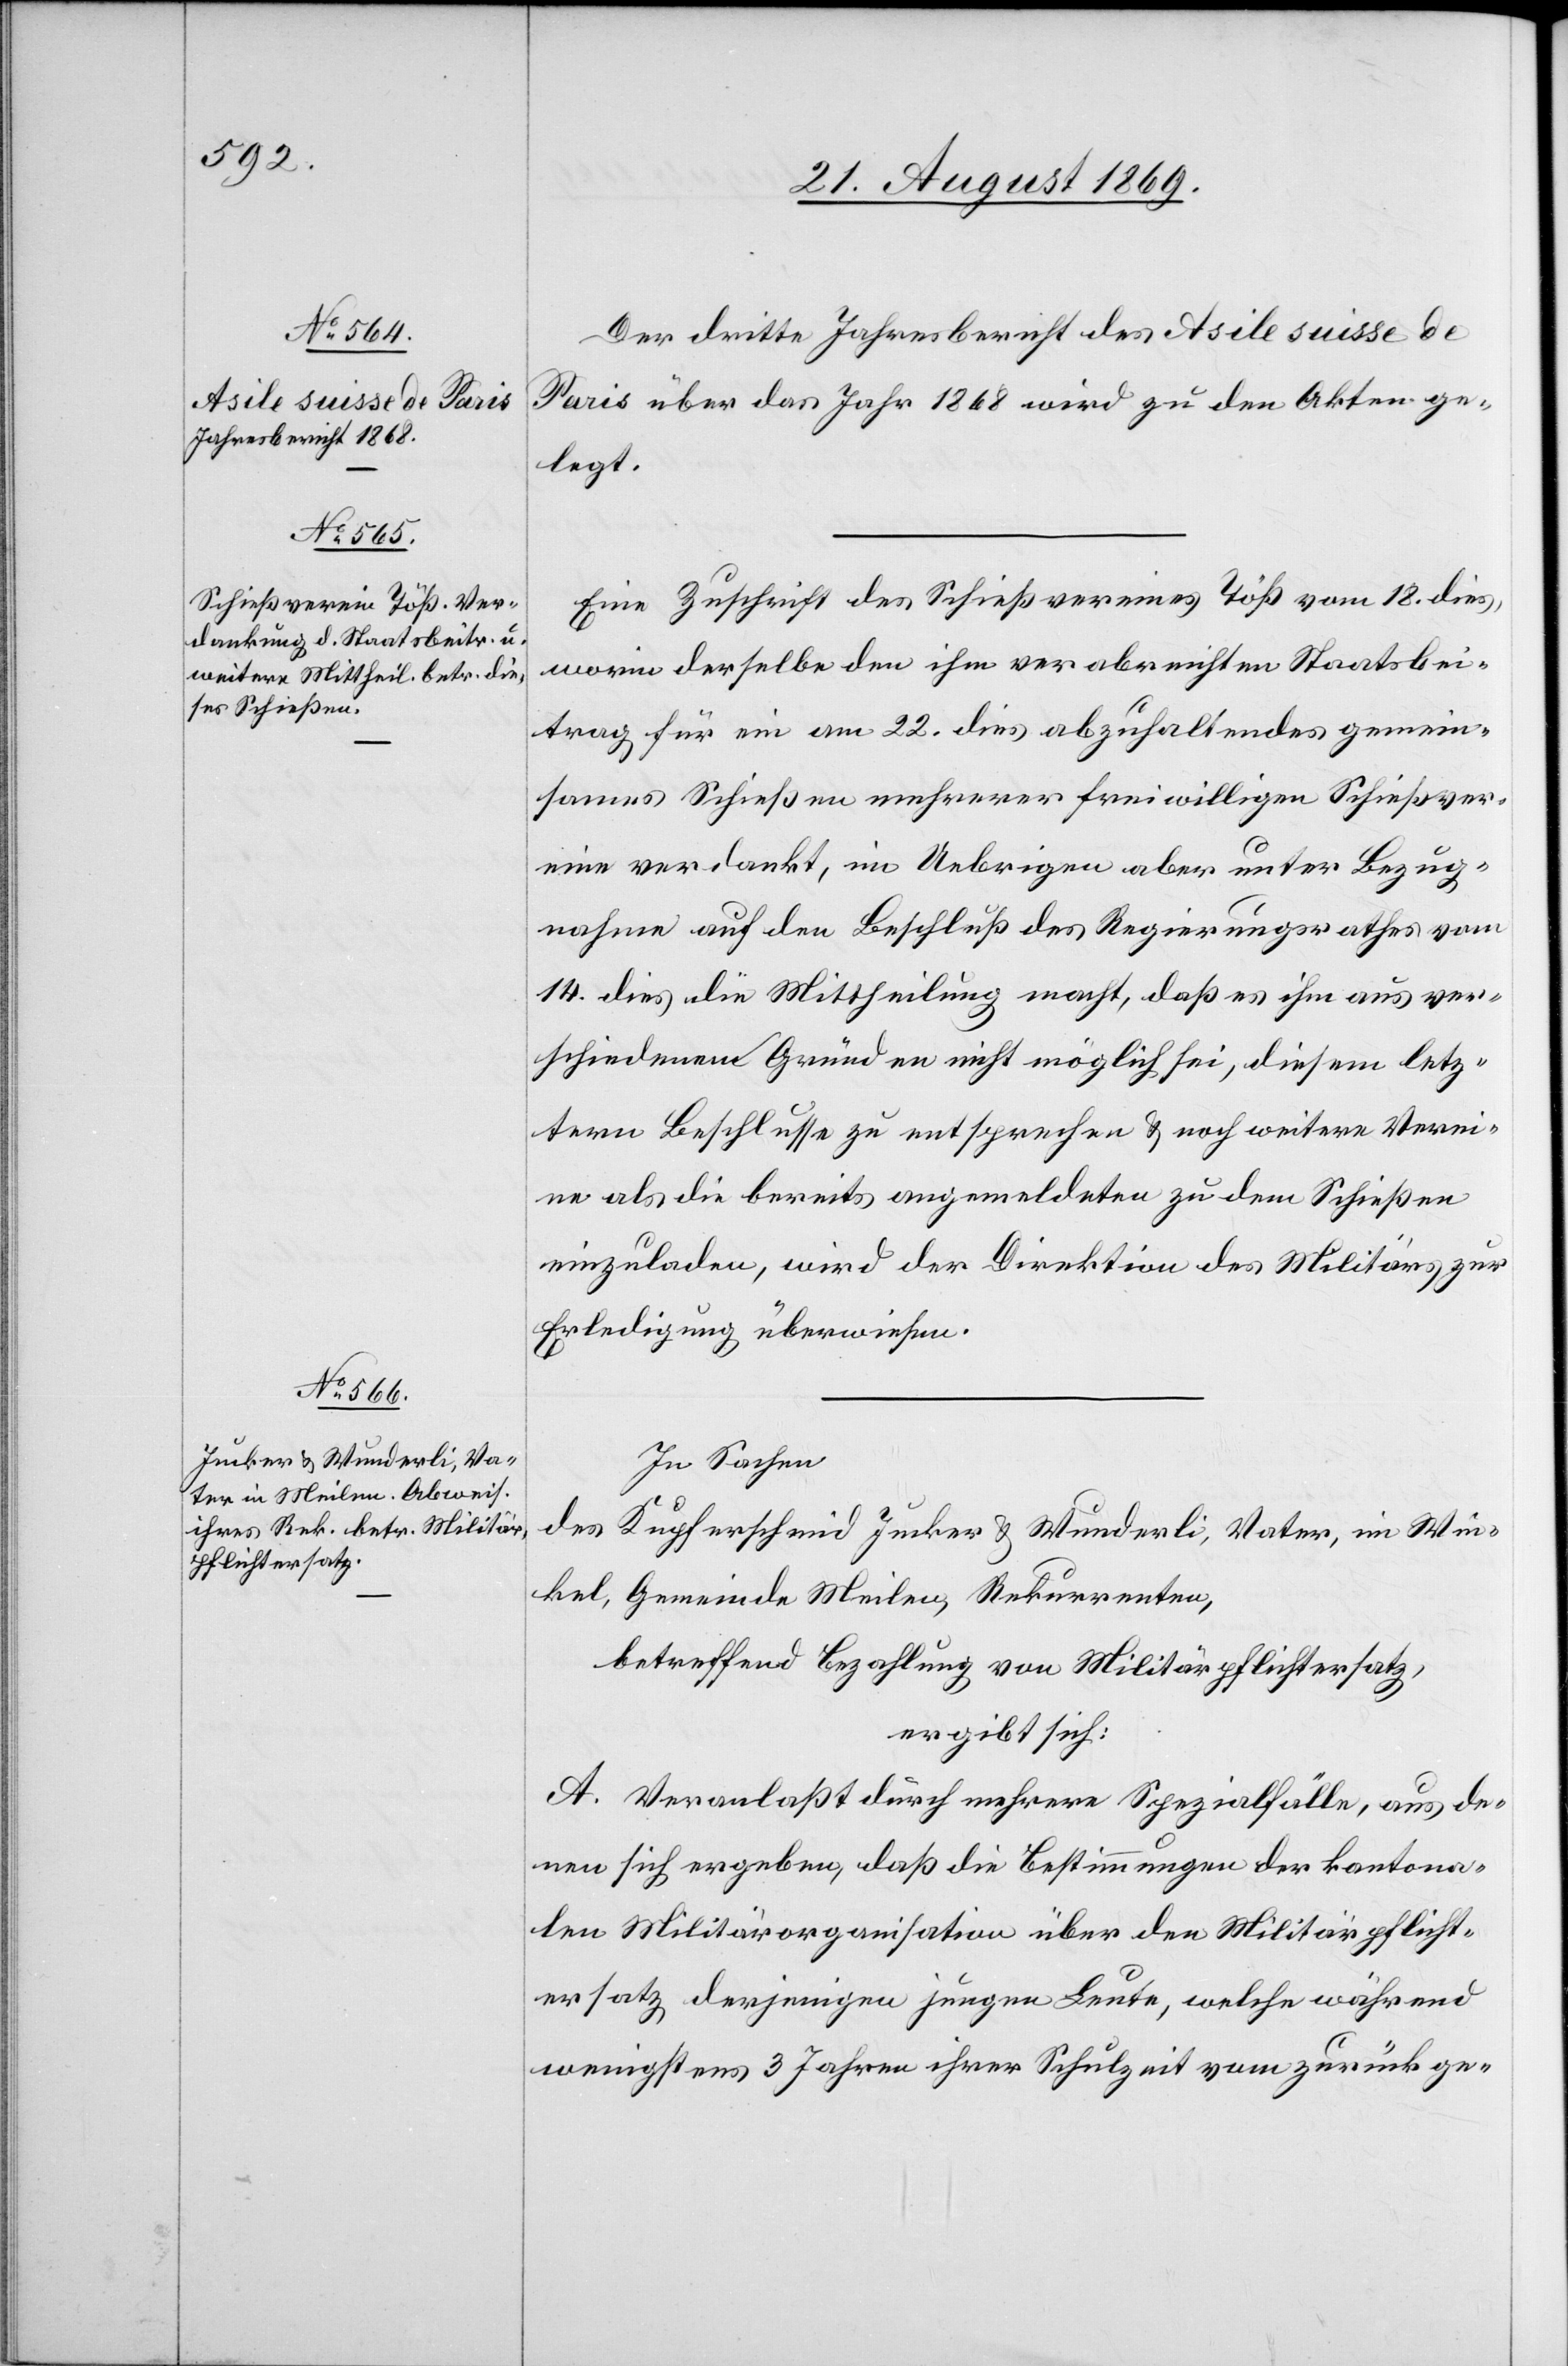
Der dritte Jahresbericht des Asile suisse de
Paris über das Jahr 1868 wird zu den Akten ge¬
legt.
Eine Zuschrift des Schießvereines Töß vom 18. dies,
worin derselbe den ihm verabreichten Staatsbei¬
trag für ein am 22. dies abzuhaltendes gemein¬
sames Schießen mehrerer freiwilligen Schießver¬
eine verdankt, im Uebrigen aber unter Bezug¬
nahme auf den Beschluß des Regierungsrathes vom
14. dies die Mittheilung macht, daß es ihm aus ver¬
schiedenen Gründen nicht möglich sei, diesem letz¬
tern Beschlusse zu entsprechen & noch weitere Verei¬
ne als die bereits angemeldeten zu dem Schießen
einzuladen, wird der Direktion des Militärs zur
Erledigung überweisen.
In Sachen
des Kupferschmid Jucker & Wunderli, Vater, im Win¬
kel, Gemeinde Meilen, Rekurrenten,
betreffend Bezahlung von Militärpflichtersatz,
ergibt sich:
A. Veranlaßt durch mehrere Spezialfälle, aus de¬
nen sich ergeben, daß die Bestimmungen der kantona¬
len Militärorganisation über den Militärpflicht¬
ersatz derjenigen jungen Leute, welche während
wenigstens 3 Jahren ihrer Schulzeit vom zurückge-